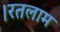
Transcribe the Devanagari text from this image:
।रतलाम